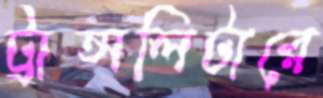
ট্রান্সলিটারে